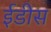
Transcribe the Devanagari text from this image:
ईडीस